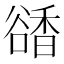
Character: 𧯅